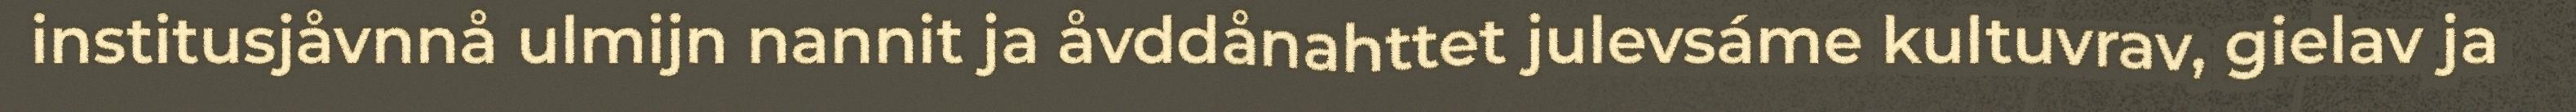
institusjåvnnå ulmijn nannit ja åvddånahttet julevsáme kultuvrav, gielav ja